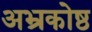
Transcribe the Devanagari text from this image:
अभ्रकोष्ठ